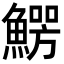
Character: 𩺑